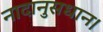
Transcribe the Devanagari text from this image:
नादानुसधान।